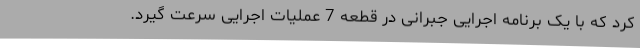
کرد که با یک برنامه اجرایی جبرانی در قطعه 7 عملیات اجرایی سرعت گیرد.